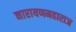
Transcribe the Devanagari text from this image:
नारायणमहाराज